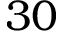
3 0